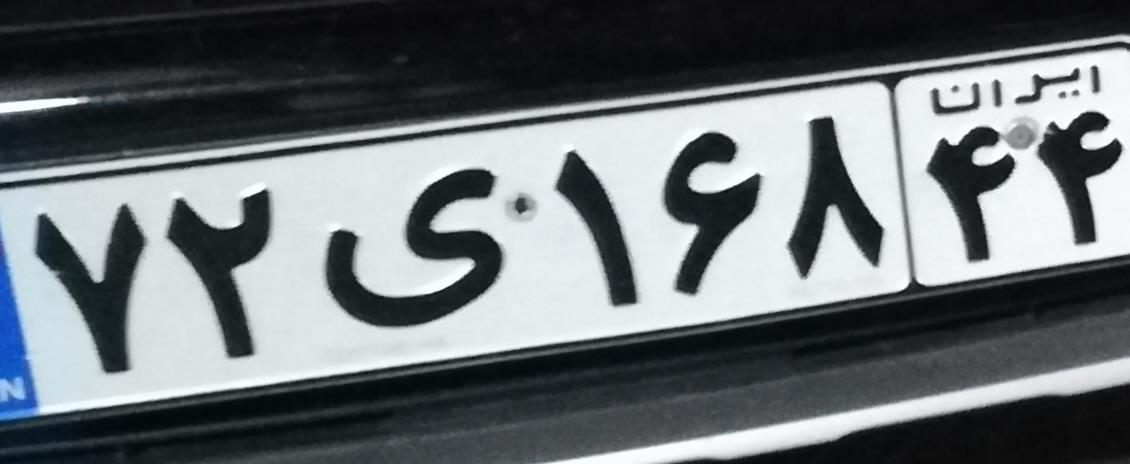
۷۲ی۱۶۸۴۴